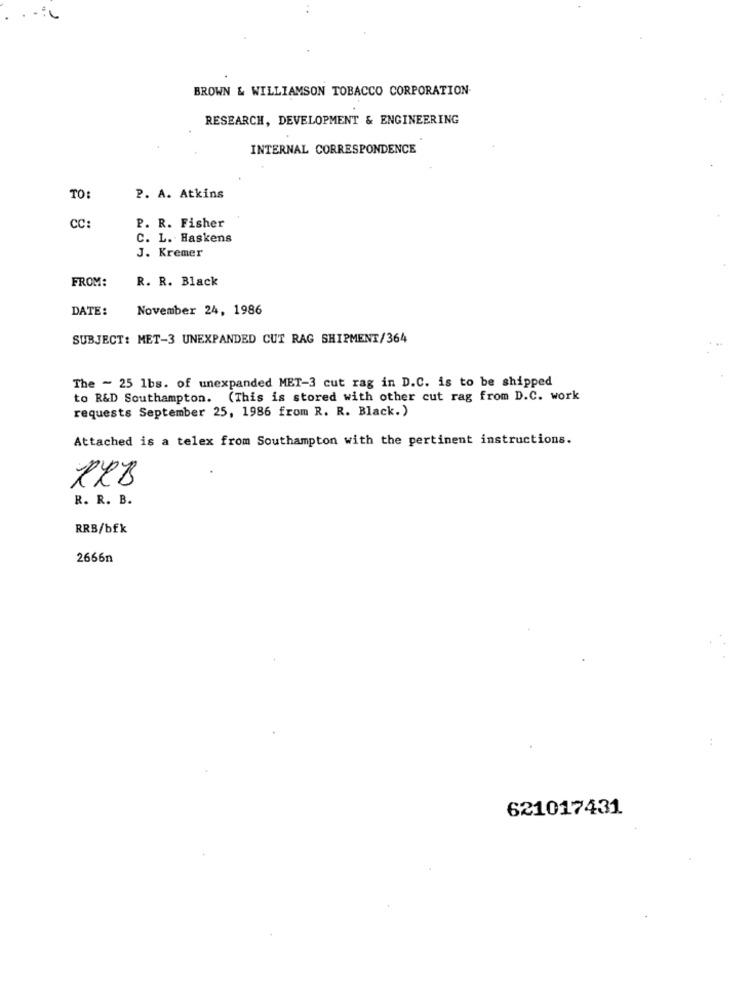
BROWN & WILLIAMSON TOBACCO CORPORATION-
RESEARCH, DEVELOPMENT & ENGINEERING
INTERNAL CORRESPONDENCE
TO:
P. A. Atkins
CC:
P. R. Fisher
C. L. Haskens
J. Kremer
FROM:
R. R. Black
DATE:
November 24, 1986
SUBJECT: MET-3 UNEXPANDED CUT RAG SHIPMENT/364
The - 25 1bs. of unexpanded MET-3 cut rag in D.C. is to be shipped
to R&D Southampton. (This is stored with other cut rag from D.C. work
requests September 25, 1986 from R. R. Black. )
Attached is a telex from Southampton with the pertinent instructions.
RXB
R. R. B.
RRB/bfk
2666n
621017431